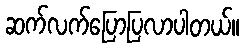
ဆက်လက်ပြောပြလာပါတယ်။